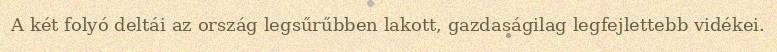
A két folyó deltái az ország legsűrűbben lakott, gazdaságilag legfejlettebb vidékei.